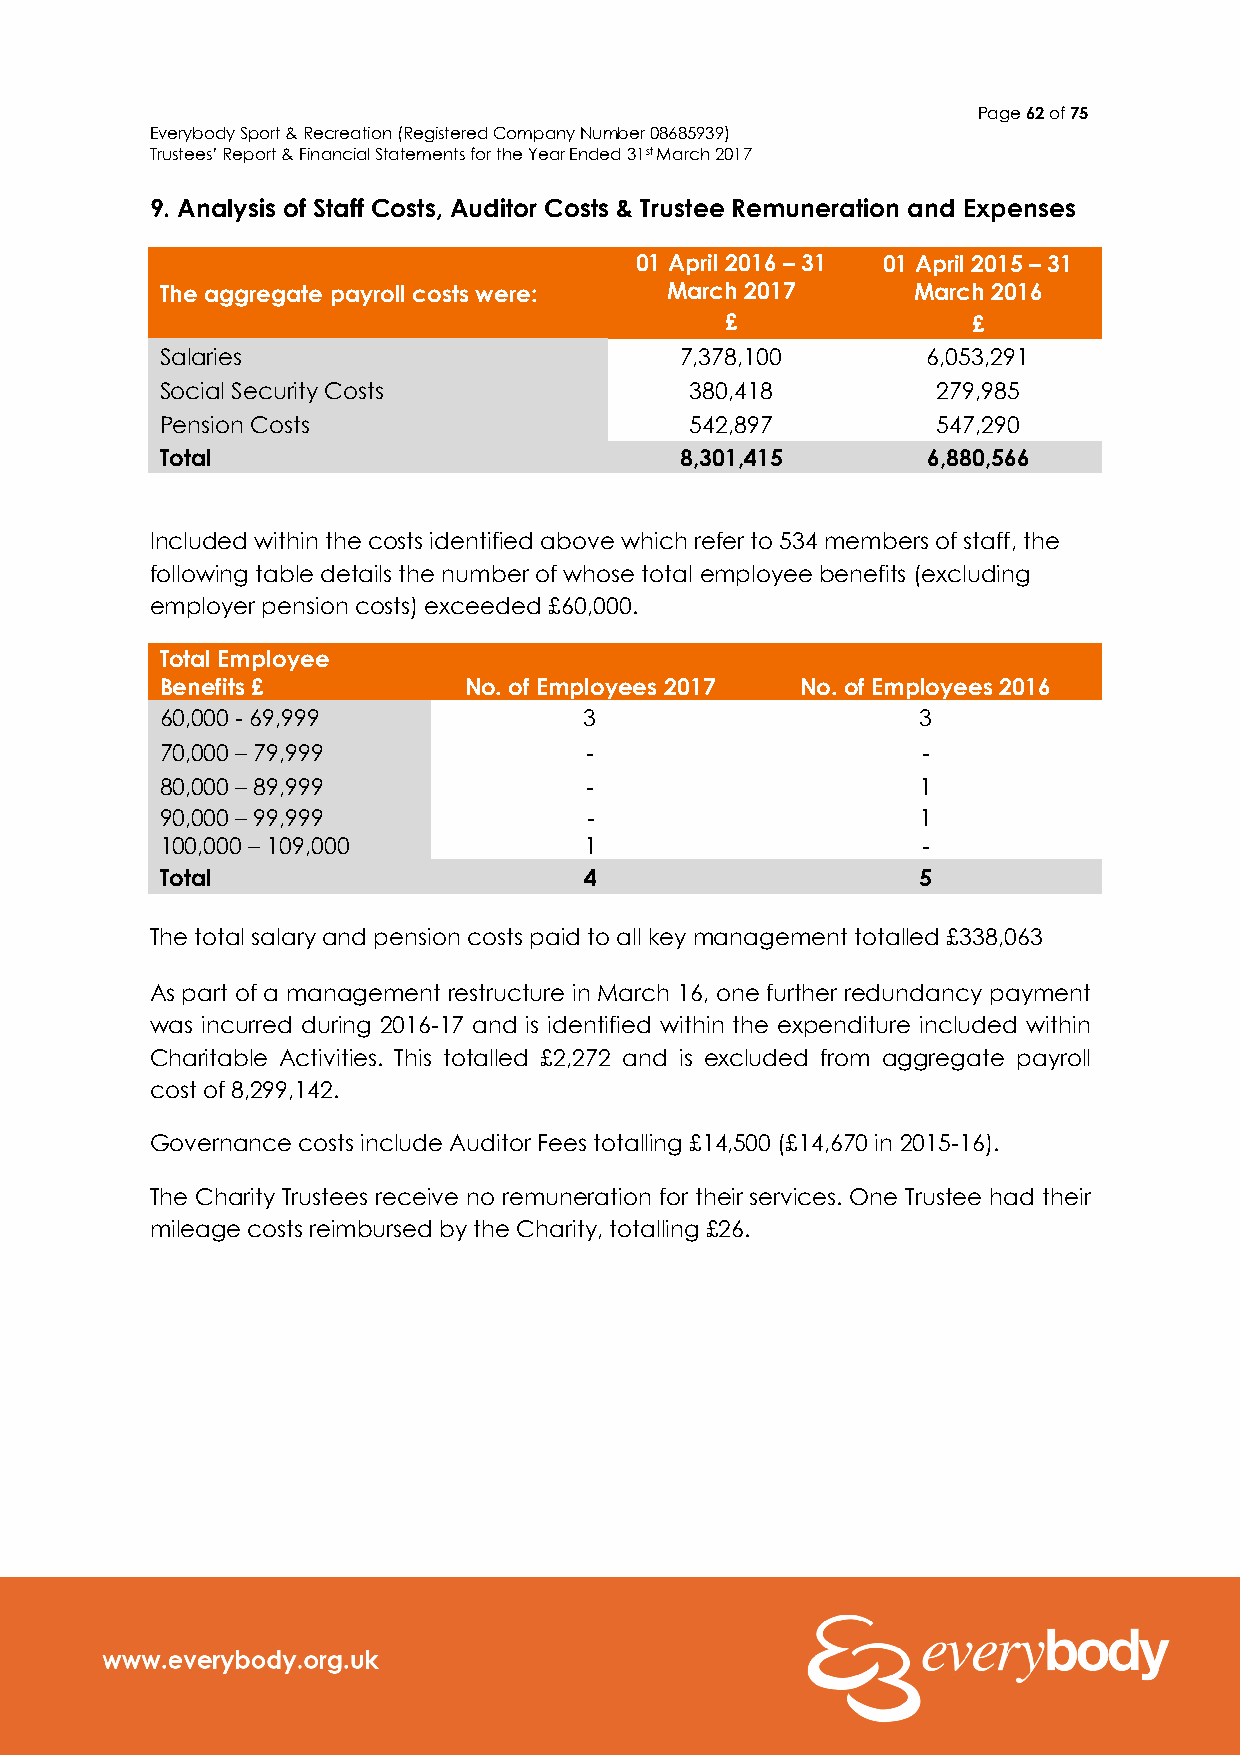
Page 62 of 75
 Everybody Sport & Recreation (Registered Company Number 08685939)
 Trustees’ Report & Financial Statements for the Year Ended 31st March 2017
 9. Analysis of Staff Costs, Auditor Costs & Trustee Remuneration and Expenses
 01 April 2016 – 31 01 April 2015 – 31
 The aggregate payroll costs were: March 2017     March 2016
 £               £
 Salaries                          7,378,100       6,053,291
 Social Security Costs              380,418         279,985
 Pension Costs                      542,897         547,290
 Total                             8,301,415       6,880,566
 Included within the costs identified above which refer to 534 members of staff, the
 following table details the number of whose total employee benefits (excluding
 employer pension costs) exceeded £60,000.
 Total Employee
 Benefits £          No. of Employees 2017 No. of Employees 2016
 60,000 - 69,999             3                     3
 70,000 – 79,999             -                     -
 80,000 – 89,999             -                     1
 90,000 – 99,999             -                     1
 100,000 – 109,000           1                     -
 Total                       4                     5
 The total salary and pension costs paid to all key management totalled £338,063
 As part of a management restructure in March 16, one further redundancy payment
 was incurred during 2016-17 and is identified within the expenditure included within
 Charitable Activities. This totalled £2,272 and is excluded from aggregate payroll
 cost of 8,299,142.
 Governance costs include Auditor Fees totalling £14,500 (£14,670 in 2015-16).
 The Charity Trustees receive no remuneration for their services. One Trustee had their
 mileage costs reimbursed by the Charity, totalling £26.